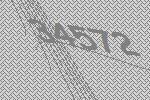
34572